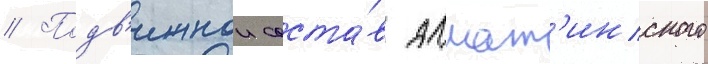
// Подв'ижнои соста́в алмат'инского